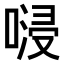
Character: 𠺸